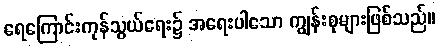
ရေကြောင်းကုန်သွယ်ရေး၌ အရေးပါသော ကျွန်းစုများဖြစ်သည်။